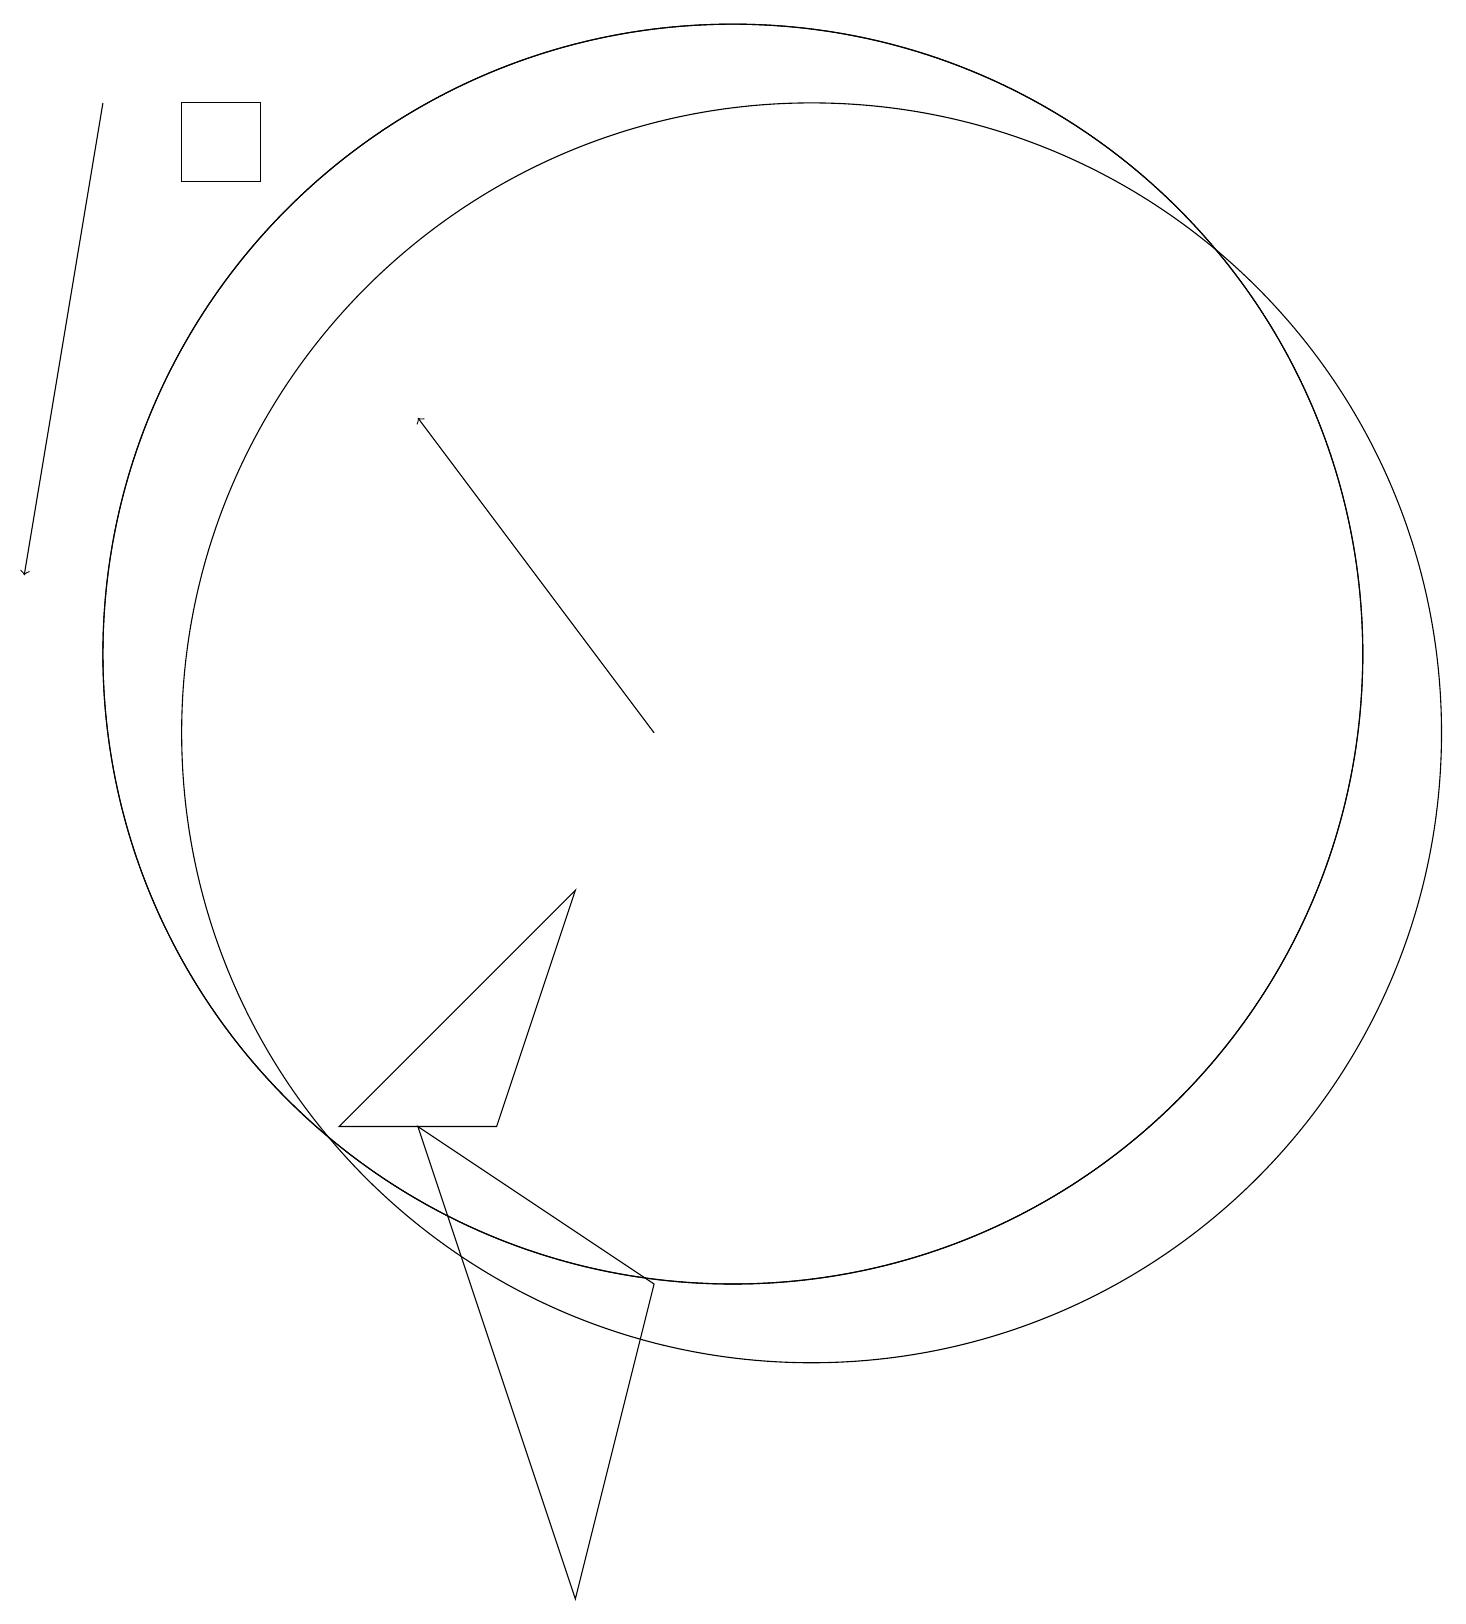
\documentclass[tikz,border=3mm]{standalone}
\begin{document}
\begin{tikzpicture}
\draw (10,12) circle (8);
\draw (10,12) circle (8);
\draw (3,18) rectangle (4,19);
\draw[->] (2,19) -- (1,13);
\draw (8,0) -- (6,6) -- (9,4) -- cycle;
\draw (11,11) circle (8);
\draw[->] (9,11) -- (6,15);
\draw (7,6) -- (8,9) -- (5,6) -- cycle;
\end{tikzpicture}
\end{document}